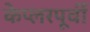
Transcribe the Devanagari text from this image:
केप्लरपूर्वी